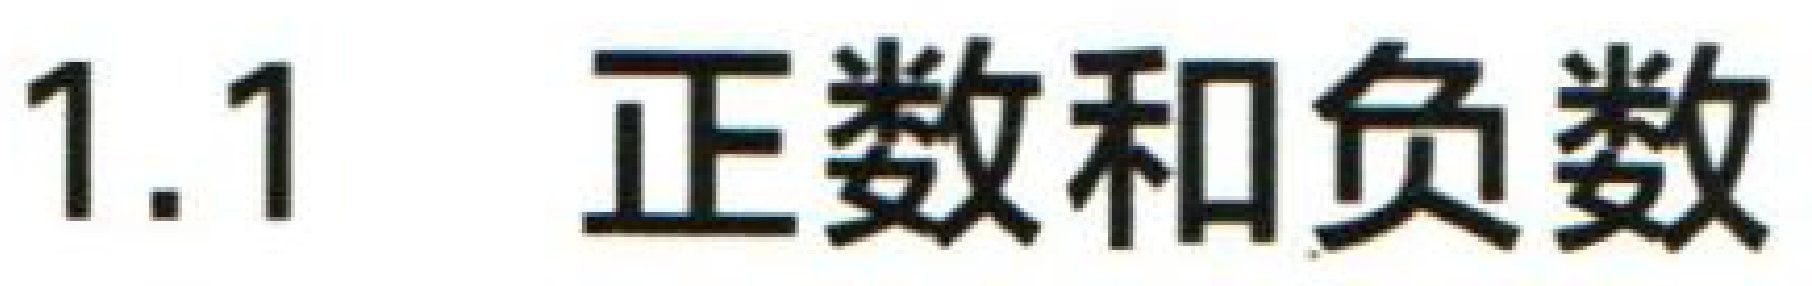
1.1 正数和负数